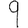
Digit: 9